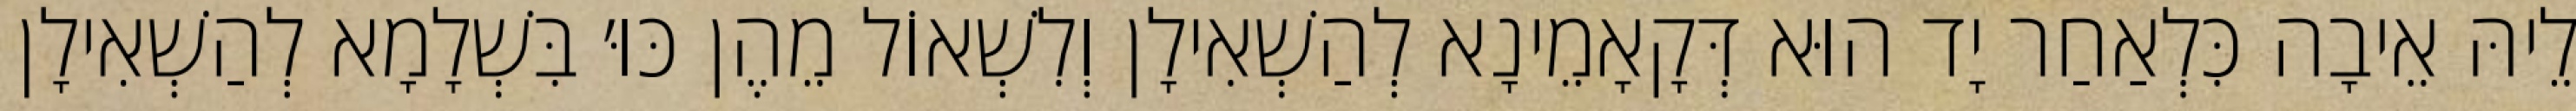
לֵיהּ אֵיבָה כִּלְאַחַר יָד הוּא דְּקָאָמֵינָא לְהַשְׁאִילָן וְלִשְׁאוֹל מֵהֶן כּוּ׳ בִּשְׁלָמָא לְהַשְׁאִילָן